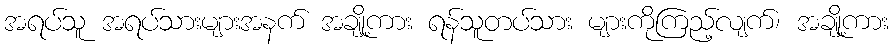
အရပ်သူ အရပ်သားများအနက် အချို့ကား ရန်သူတပ်သား များကိုကြည့်လျက်၊ အချို့ကား